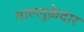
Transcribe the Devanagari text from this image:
ताल्लुक़ेदार